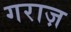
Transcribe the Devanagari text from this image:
गराज़